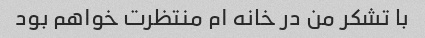
با تشکر من در خانه ام منتظرت خواهم بود